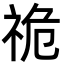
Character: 祪